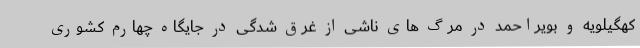
کهگیلویه و بویراحمد در مرگ های ناشی از غرق شدگی در جایگاه چهارم کشوری